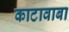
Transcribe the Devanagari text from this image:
काटावाबा